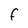
Character: f